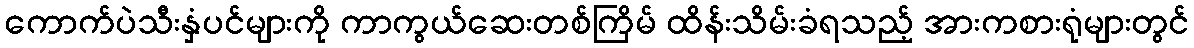
ကောက်ပဲသီးနှံပင်များကို ကာကွယ်ဆေးတစ်ကြိမ် ထိန်းသိမ်းခံရသည့် အားကစားရုံများတွင်